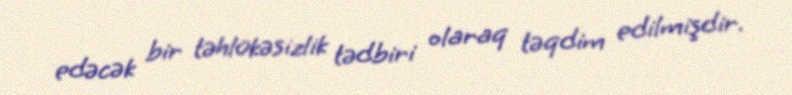
edəcək bir təhlükəsizlik tədbiri olaraq təqdim edilmişdir.